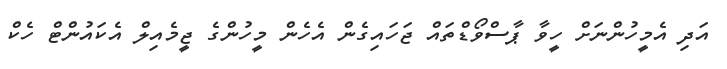
އަދި އެމީހުންނަށް ހީވާ ޕާސްވޯޑްތައް ޖަހައިގެން އެހެން މީހުންގެ ޖީމެއިލް އެކައުންޓް ހެކް